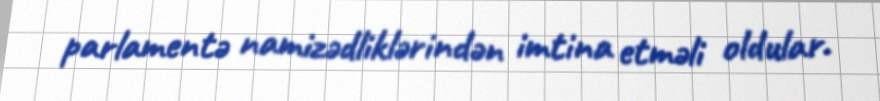
parlamentə namizədliklərindən imtina etməli oldular.